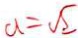
a = \sqrt { 2 }